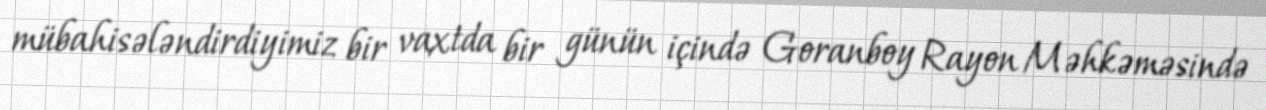
mübahisələndirdiyimiz bir vaxtda bir günün içində Goranboy Rayon Məhkəməsində